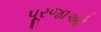
પૂરજાઓ